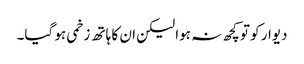
دیوار کو تو کچھ نہ ہوا لیکن ان کا ہاتھ زخمی ہو گیا۔